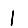
Digit: 1